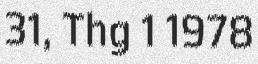
31, Thg 1 1978